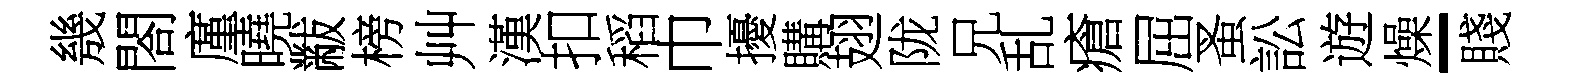
㡬閤廑曉黻榜艸漢扣稻巾擾購翅陇兄乱瘡屈蚤訟遊燥-賤